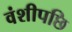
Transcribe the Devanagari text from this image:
वंशीपछि